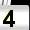
Digit: 4